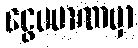
ငွေပမာဏမှာ